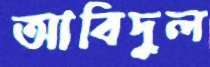
আবিদুল